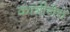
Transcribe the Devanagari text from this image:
कात्रीनेच